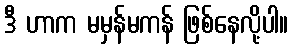
ဒီ ဟာက မမှန်မကန် ဖြစ်နေလို့ပါ။